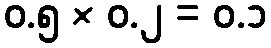
၀.၅ × ၀.၂ = ၀.၁